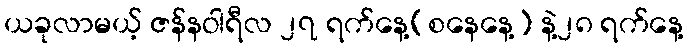
ယခုလာမယ့် ဇန်နဝါရီလ ၂၇ ရက်နေ့(စနေနေ့) နဲ့၂၈ ရက်နေ့